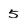
Character: 5